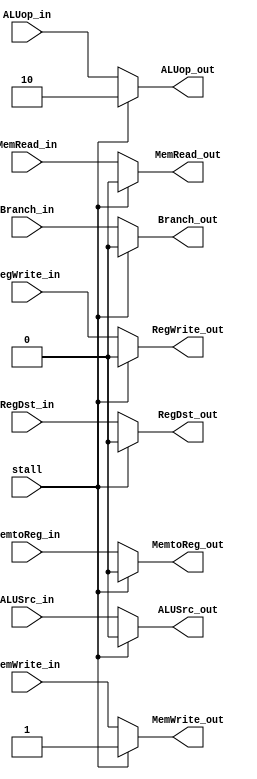
module ID_MUX(
		stall,
		RegWrite_in, MemtoReg_in, Branch_in, MemRead_in, MemWrite_in, ALUSrc_in, ALUop_in, RegDst_in,
		RegWrite_out, MemtoReg_out, Branch_out, MemRead_out, MemWrite_out, ALUSrc_out, ALUop_out, RegDst_out
																);	
input		stall;
input		RegWrite_in, MemtoReg_in, Branch_in, MemRead_in, MemWrite_in, ALUSrc_in, RegDst_in;
input	[1:0]	ALUop_in; 
output		RegWrite_out, MemtoReg_out, Branch_out, MemRead_out, MemWrite_out, ALUSrc_out, RegDst_out; 
output	[1:0]	ALUop_out;
reg		RegWrite_out, MemtoReg_out, Branch_out, MemRead_out, MemWrite_out, ALUSrc_out, RegDst_out;
reg	[1:0]	ALUop_out;
	
always @(*)	
begin 
	if(stall)	begin
		RegWrite_out = 1'b0;
		MemtoReg_out = 1'b0;
		Branch_out   = 1'b0;
		MemRead_out  = 1'b0;
		MemWrite_out = 1'b1;
		ALUSrc_out   = 1'b0;
		ALUop_out    = 2'b10;
		RegDst_out   = 1'b0;
	end
	else	begin	
		RegWrite_out = RegWrite_in;
		MemtoReg_out = MemtoReg_in;
		Branch_out   = Branch_in;
		MemRead_out  = MemRead_in;
		MemWrite_out = MemWrite_in;
		ALUSrc_out   = ALUSrc_in;
		ALUop_out    = ALUop_in;
		RegDst_out   = RegDst_in;
	end
end
endmodule